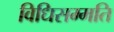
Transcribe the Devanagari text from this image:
विधिसम्मति